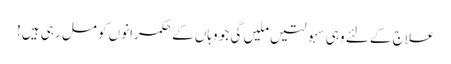
علاج کے لئے وہی سہولتیں ملیں گی جو وہاں کے حکمرانوں کو مل رہی ہیں!